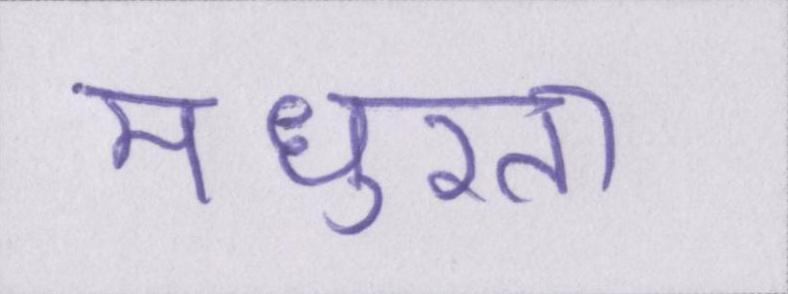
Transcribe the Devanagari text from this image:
मधुरता